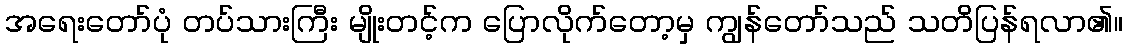
အရေးတော်ပုံ တပ်သားကြီး မျိုးတင့်က ပြောလိုက်တော့မှ ကျွန်တော်သည် သတိပြန်ရလာ၏။